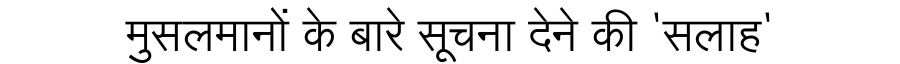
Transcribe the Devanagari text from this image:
मुसलमानों के बारे सूचना देने की 'सलाह'